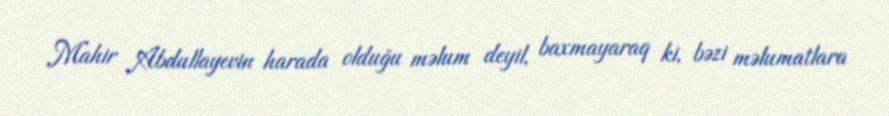
Mahir Abdullayevin harada olduğu məlum deyil, baxmayaraq ki, bəzi məlumatlara